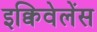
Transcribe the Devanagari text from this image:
इक्विवेलेंस